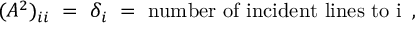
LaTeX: ( A ^ { 2 } ) _ { i i } ~ = ~ \delta _ { i } ~ = ~ \mathrm { n u m b e r ~ o f ~ i n c i d e n t ~ l i n e s ~ t o ~ i ~ } \, ,